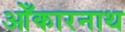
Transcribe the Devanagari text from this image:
ओँकारनाथ